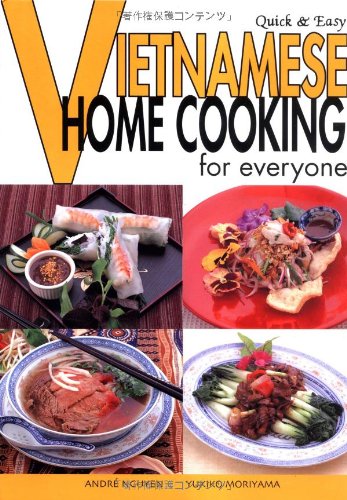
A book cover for Quick & Easy Vietnamese: Home Cooking for Everyone (Quick & Easy Cookbooks Series); Andre Nguyen; Cookbooks, Food & Wine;